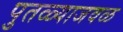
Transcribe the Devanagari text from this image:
पुतळ्याजवळ